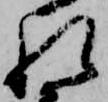
れ